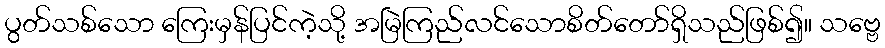
ပွတ်သစ်သော ကြေးမှန်ပြင်ကဲ့သို့ အမြဲကြည်လင်သောစိတ်တော်ရှိသည်ဖြစ်၍။ သဗ္ဗေ